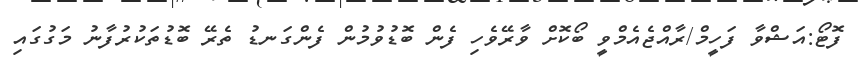
ފޮޓޯ:އަޝްވާ ފަހީމް/ރާއްޖެއެމްވީ ބޯކޮށް ވާރޭވެހި ފެން ބޮޑުވުމުން ފެންގަނޑު ތެރޭ ބޮޑުތަކުރުފާނު މަގުގައި